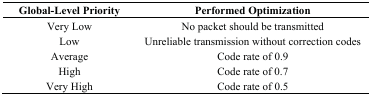
| Global-Level Priority | Performed Optimization |
 | --- | --- |
 | Very Low | No packet should be transmitted |
 | Low | Unreliable transmission without correction codes |
 | Average | Code rate of 0.9 |
 | High | Code rate of 0.7 |
 | Very High | Code rate of 0.5 |